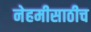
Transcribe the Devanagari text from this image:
नेहमीसाठीच